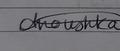
Signature authenticity: genuine